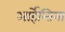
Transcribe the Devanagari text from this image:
आर्हेन्तिना